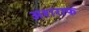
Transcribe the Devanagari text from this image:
अशराफ